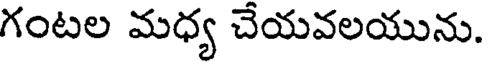
గంటల మధ్య చేయవలయును.